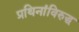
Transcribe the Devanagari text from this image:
प्रथिनांविरुद्ध